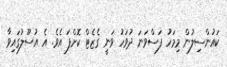
ކައުންސިލުން މިމަހު ފަސްވަނަ ދުވަހު ވަނީ ގެޒެޓް ކޮށްފަ އެވެ. އެ އުސޫލުގައިވާ